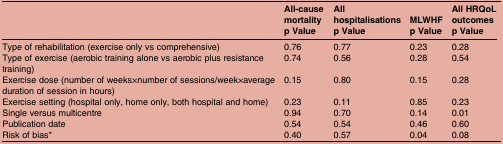
<table><thead><tr><td></td><td><b>All-cause mortalityp Value</b></td><td><b>All hospitalisationsp Value</b></td><td><b>MLWHFp Value</b></td><td><b>All HRQoL outcomesp Value</b></td></tr></thead><tbody><tr><td>Type of rehabilitation (exercise only vs comprehensive)</td><td>0.76</td><td>0.77</td><td>0.23</td><td>0.28</td></tr><tr><td>Type of exercise (aerobic training alone vs aerobic plus resistance training)</td><td>0.74</td><td>0.56</td><td>0.28</td><td>0.54</td></tr><tr><td>Exercise dose (number of weeks×number of sessions/week×average duration of session in hours)</td><td>0.15</td><td>0.80</td><td>0.15</td><td>0.28</td></tr><tr><td>Exercise setting (hospital only, home only, both hospital and home)</td><td>0.23</td><td>0.11</td><td>0.85</td><td>0.23</td></tr><tr><td>Single versus multicentre</td><td>0.94</td><td>0.70</td><td>0.14</td><td>0.01</td></tr><tr><td>Publication date</td><td>0.54</td><td>0.54</td><td>0.46</td><td>0.60</td></tr><tr><td>Risk of bias*</td><td>0.40</td><td>0.57</td><td>0.04</td><td>0.08</td></tr></tbody></table>